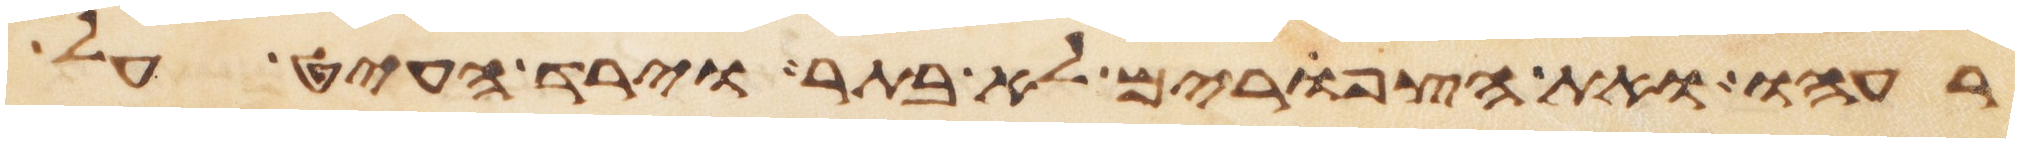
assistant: רעהו ואת הצפורים לא בתר וירד העיט על